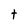
Character: t